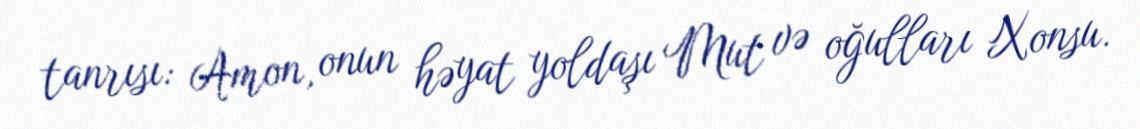
tanrısı: Amon, onun həyat yoldaşı Mut və oğulları Xonsu.